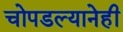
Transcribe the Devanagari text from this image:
चोपडल्यानेही